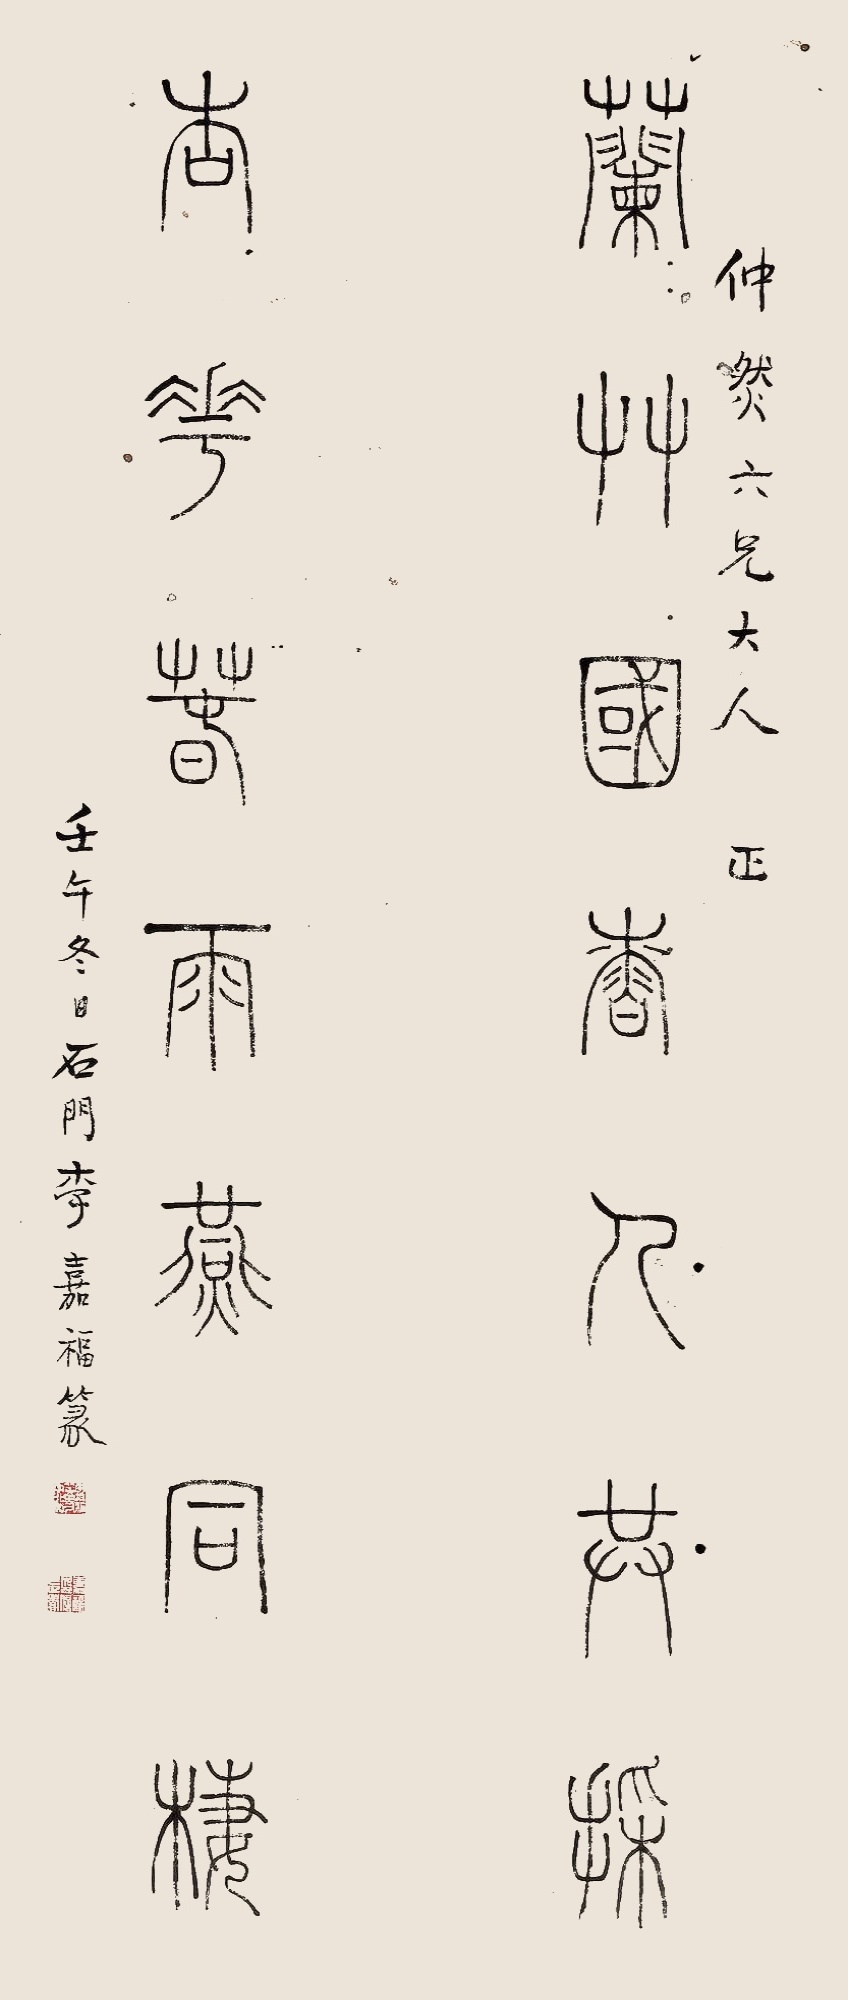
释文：兰竹国香人共采，杏花春雨燕同栖。仲然六兄大人正，壬午（1882年）冬日石门李嘉福篆。